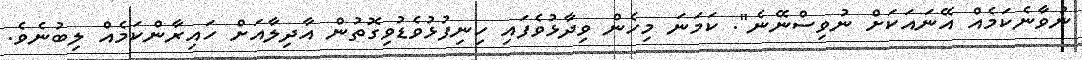
ނުވާނެކަމެއް އޭނައަކަށް ނުވިސްނޭނެ". ކަމަނަ މިހެން ވިދާޅުވެފައި ހިނިފުޅުވެޑުވިގޮތުން އާދިލާއަށް ހައިރާންކަމެއް ލިބުނެވެ.